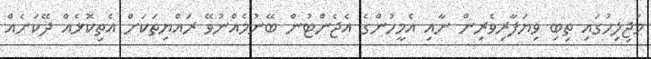
މަޖިލިހުގައި ތިބި ވިޔަފާރިވެރިން ނާއި އެމީހުންގެ އެޖެންޓުން ބޭނުމެއްނުވޭ ރައްޔިތަކަށް އެތިކޮޅެއް ދޭކަށެއް